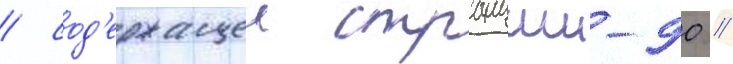
/ сод'ержащеи стронции-90 /